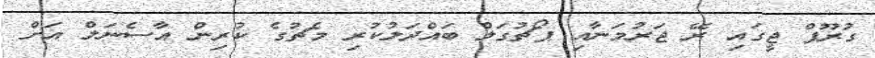
ގުރޫޕް ޖީގައި ރޭ ޖަރުމަނާއި ޕޯޗުގަލް ބައްދަލުކުރި މެޗުގެ ކުރިން އާސެނަލް އަށް